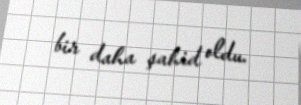
bir daha şahid oldu.